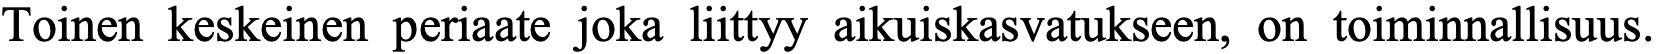
Toinen keskeinen periaate joka liittyy aikuiskasvatukseen, on toiminnallisuus.